Calcutta medical institutions reports 1879-81 [i.e.91]
Year: 1879
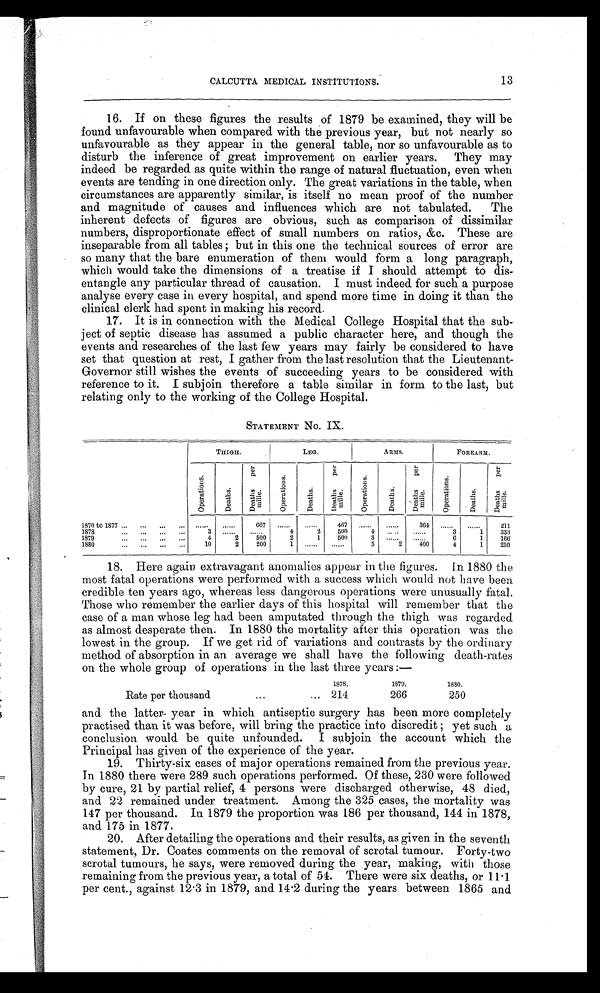
CALCUTTA MEDICAL INSTITUTIONS.
13
16. If on these figures the results of 1879 be examined, they will be
found unfavourable when compared with the previous year, but not nearly so
unfavourable as they appear in the general table, nor so unfavourable as to
disturb the inference of great improvement on earlier years. They may
indeed be regarded as quite within the range of natural fluctuation, even when
events are tending in one direction only. The great variations in the table, when
circumstances are apparently similar, is itself no mean proof of the number
and magnitude of causes and influences which are not tabulated. The
inherent defects of figures are obvious, such as comparison of dissimilar
numbers, disproportionate effect of small numbers on ratios, &c. These are
inseparable from all tables; but in this one the technical sources of error are
so many that the bare enumeration of them would form a long paragraph,
which would take the dimensions of a treatise if I should attempt to dis
entangle any particular thread of causation. I must indeed for such a purpose
analyse every case in every hospital, and spend more time in doing it than the
clinical clerk had spent in making his record.
17. It is in connection with the Medical College Hospital that the sub
ject of septic disease has assumed a public character here, and though the
events and researches of the last few years may fairly be considered to have
set that question at rest, I gather from the last resolution that the Lieutenant-
Governor still wishes the events of succeeding years to be considered with
reference to it. I subjoin therefore a table similar in form to the last, but
relating only to the working of the College Hospital.
STATEMENT No. IX.
THIGH.
LEG.
ARMS.
FOREARM.
Op e r a t i o n s .
Deat hs.
D e a t h s p e r m i l l e .
O p e r a t i o n s .
De a t h s .
D e a t h s p e r m i l l e .
O p e r a t i o n s .
Deat hs.
D e a t h s p e r m i l l e .
O p e r a t i o n s .
De a t h s .
D e a t h s p e r m i l l e .
1870 to 1877
. . . . . .
. . . . . . 667
. . . . . .
. . . . . . 467
. . . . . .
. . . . . . 364
. . . . . .
. . . . . . 211
1878
3
. . . . . .
. . . . . .
4
2
500
4
. . . . . . ......
3
1
333
1879
4
2
500
2
1
500
3
. . . . . .
. . . . . .
6
1
166
1880
10
2
200
1
. . . . . .
. . . . . .
5
2
400
4
1
250
18. Here again extravagant anomalies appear in the figures. In 1880 the
most fatal operations were performed with a success which would not have been
credible ten years ago, whereas less dangerous operations were unusually fatal.
Those who remember the earlier days of this hospital will remember that the
case of a man whose leg had been amputated through the thigh was regarded
as almost desperate then. In 1880 the mortality after this operation was the
lowest in the group. If we get rid of variations and contrasts by the ordinary
method of absorption in an average we shall have the following death-rates
on the whole group of operations in the last three years:—
1878.
1879.
1880.
Rate per thousand
...
... 214
266
250
and the latter- year in which antiseptic surgery has been more completely
practised than it was before, will bring the practice into discredit; yet such a
conclusion would be quite unfounded. I subjoin the account which the
Principal has given of the experience of the year.
19. Thirty-six cases of major operations remained from the previous year.
In 1880 there were 289 such operations performed. Of these, 230 were followed
by cure, 21 by partial relief, 4 persons were discharged otherwise, 48 died,
and 22 remained under treatment. Among the 325 cases, the mortality was
147 per thousand. In 1879 the proportion was 186 per thousand, 144 in 1878,
and 175 in 1877.
20. After detailing the operations and their results, as given in the seventh
statement, Dr. Coates comments on the removal of scrotal tumour. Forty-two
scrotal tumours, he says, were removed during the year, making, with those
remaining from the previous year, a total of 54. There were six deaths, or 11.1
per cent., against 12.3 in 1879, and 14.2 during the years between 1865 and